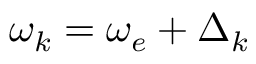
\omega _ { k } = \omega _ { e } + \Delta _ { k }